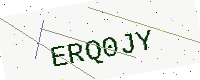
Text: ERQ0JY